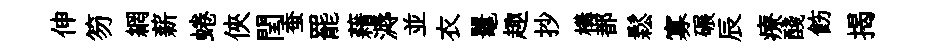
伸笏網薪蜷俠閏蚕罷藉溽並衣鼉趣抄構都鬆寡碾辰療醆飭揭